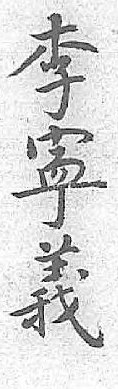
李寕義